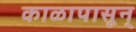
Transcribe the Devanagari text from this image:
काळापासून्